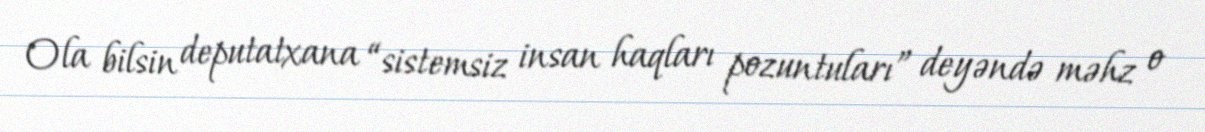
Ola bilsin deputatxana “sistemsiz insan haqları pozuntuları” deyəndə məhz o